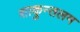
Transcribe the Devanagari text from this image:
शाकुन्तलम